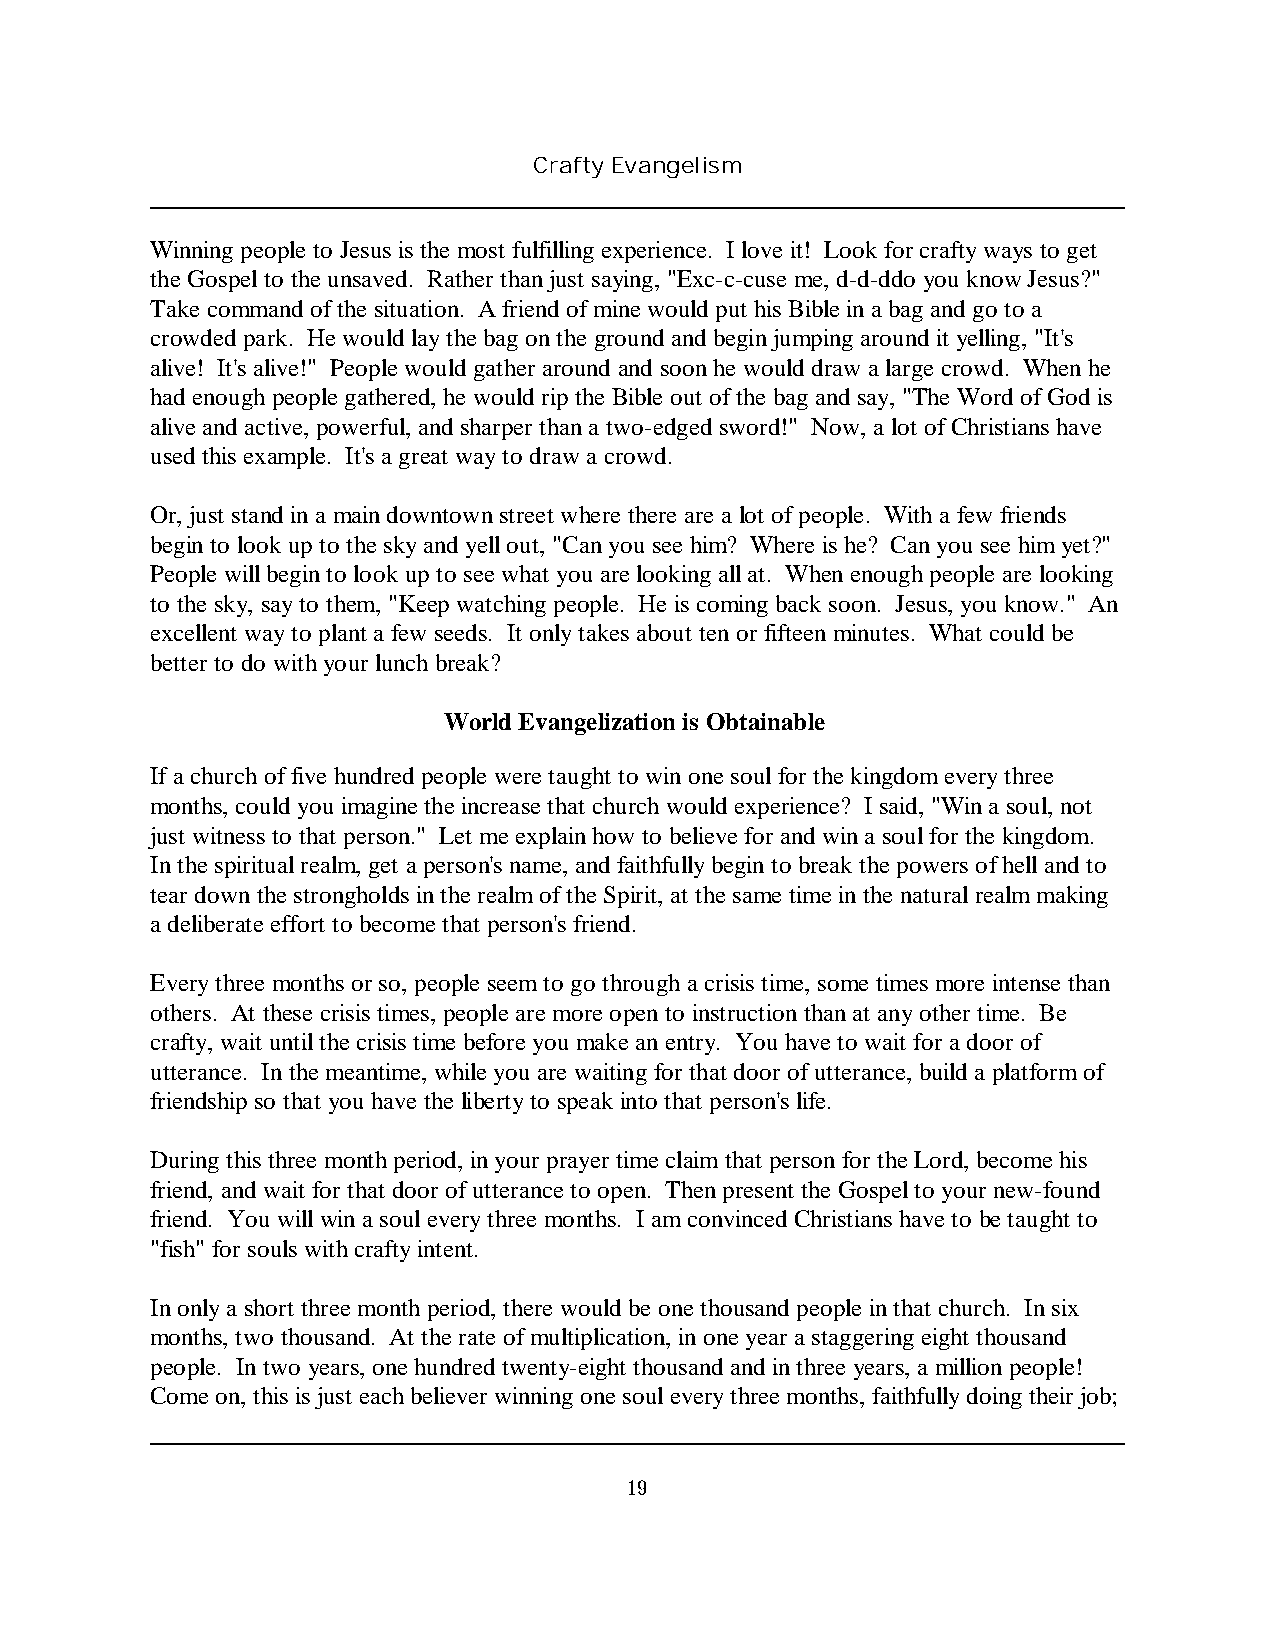
Crafty Evangelism
 Winning people to Jesus is the most fulfilling experience. I love it! Look for crafty ways to get
 the Gospel to the unsaved. Rather than just saying, "Exc-c-cuse me, d-d-ddo you know Jesus?"
 Take command of the situation. A friend of mine would put his Bible in a bag and go to a
 crowded park. He would lay the bag on the ground and begin jumping around it yelling, "It's
 alive! It's alive!" People would gather around and soon he would draw a large crowd. When he
 had enough people gathered, he would rip the Bible out of the bag and say, "The Word of God is
 alive and active, powerful, and sharper than a two-edged sword!" Now, a lot of Christians have
 used this example. It's a great way to draw a crowd.
 Or, just stand in a main downtown street where there are a lot of people. With a few friends
 begin to look up to the sky and yell out, "Can you see him? Where is he? Can you see him yet?"
 People will begin to look up to see what you are looking all at. When enough people are looking
 to the sky, say to them, "Keep watching people. He is coming back soon. Jesus, you know." An
 excellent way to plant a few seeds. It only takes about ten or fifteen minutes. What could be
 better to do with your lunch break?
 World Evangelization is Obtainable
 If a church of five hundred people were taught to win one soul for the kingdom every three
 months, could you imagine the increase that church would experience? I said, "Win a soul, not
 just witness to that person." Let me explain how to believe for and win a soul for the kingdom.
 In the spiritual realm, get a person's name, and faithfully begin to break the powers of hell and to
 tear down the strongholds in the realm of the Spirit, at the same time in the natural realm making
 a deliberate effort to become that person's friend.
 Every three months or so, people seem to go through a crisis time, some times more intense than
 others. At these crisis times, people are more open to instruction than at any other time. Be
 crafty, wait until the crisis time before you make an entry. You have to wait for a door of
 utterance. In the meantime, while you are waiting for that door of utterance, build a platform of
 friendship so that you have the liberty to speak into that person's life.
 During this three month period, in your prayer time claim that person for the Lord, become his
 friend, and wait for that door of utterance to open. Then present the Gospel to your new-found
 friend. You will win a soul every three months. I am convinced Christians have to be taught to
 "fish" for souls with crafty intent.
 In only a short three month period, there would be one thousand people in that church. In six
 months, two thousand. At the rate of multiplication, in one year a staggering eight thousand
 people. In two years, one hundred twenty-eight thousand and in three years, a million people!
 Come on, this is just each believer winning one soul every three months, faithfully doing their job;
 19